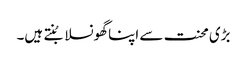
بڑی محنت سے اپنا گھونسلا بُنتے ہیں۔